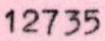
12735